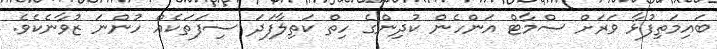
ބައިމަތިފުޅާ ވަރަށް ސްމާޓް އަންހެން ކުދިންގެ ހިތް ކަތިލާފަދަ ސިފަތަކެއް ހުންނަ ޒުވާނެކެވެ.